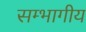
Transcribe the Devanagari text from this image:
सम्भागीय